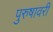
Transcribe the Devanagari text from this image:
पुरुषावरी